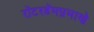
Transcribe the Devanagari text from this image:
रॉटरडॅमप्रमाणे